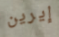
إيرين